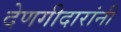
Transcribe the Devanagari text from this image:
देणगीदारांनी